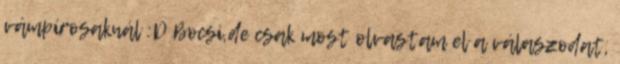
vámpírosaknál :D Bocsi,de csak most olvastam el a válaszodat,